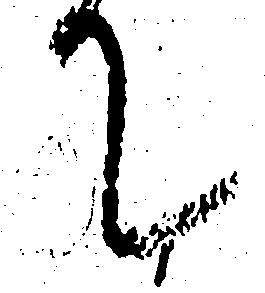
て